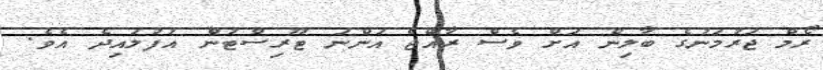
ރޯމް ޖަރުމަނުގެ ބާލިން އަށް ވެސް ރާއްޖެ އަންނަ ޓޫރިސްޓުން އުފުލައިދެ އެވެ.